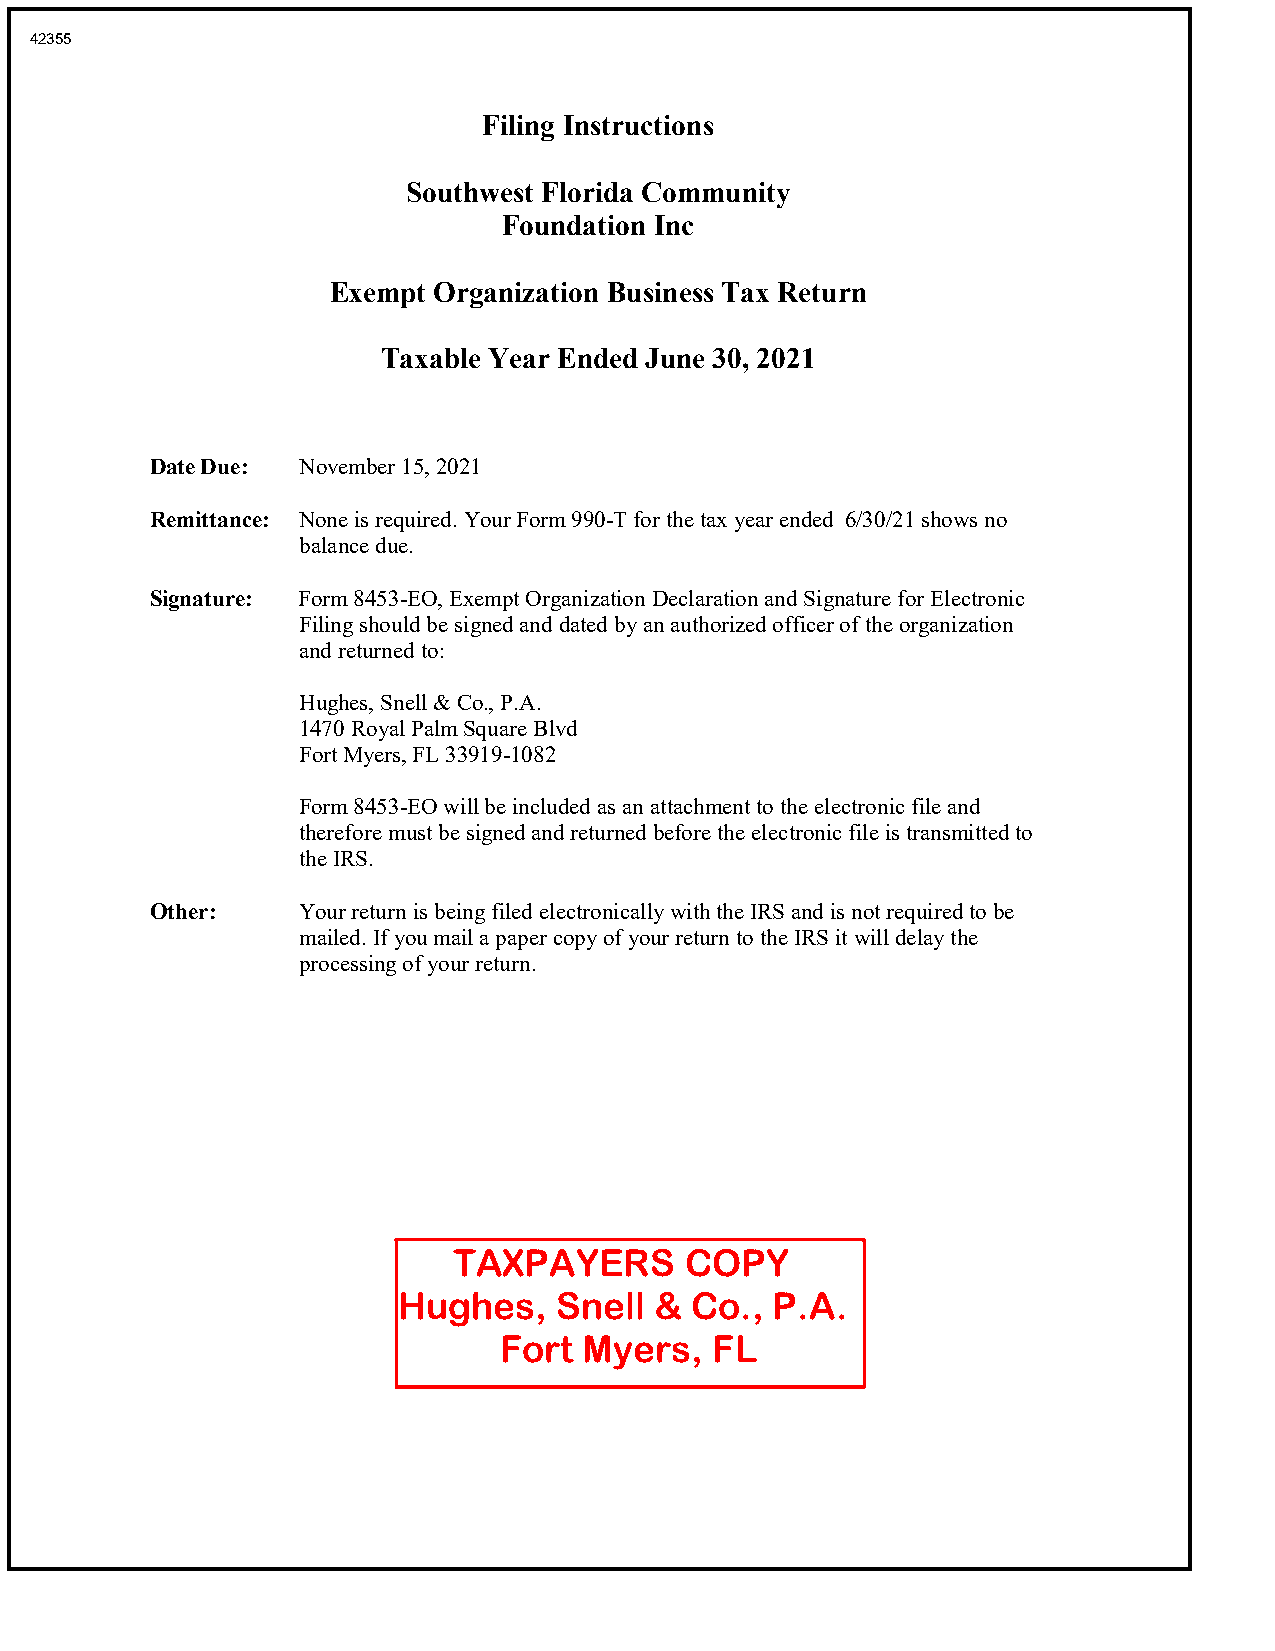
42355
 Filing Instructions
 Southwest Florida Community
 Foundation Inc
 Exempt Organization Business Tax Return
 Taxable Year Ended June 30, 2021
 Date Due: November 15, 2021
 Remittance: None is required. Your Form 990-T for the tax year ended 6/30/21 shows no
 balance due.
 Signature: Form 8453-EO, Exempt Organization Declaration and Signature for Electronic
 Filing should be signed and dated by an authorized officer of the organization
 and returned to:
 Hughes, Snell & Co., P.A.
 1470 Royal Palm Square Blvd
 Fort Myers, FL 33919-1082
 Form 8453-EO will be included as an attachment to the electronic file and
 therefore must be signed and returned before the electronic file is transmitted to
 the IRS.
 Other:    Your return is being filed electronically with the IRS and is not required to be
 mailed. If you mail a paper copy of your return to the IRS it will delay the
 processing of your return.
 TAXPAYERS      COPY
 Hughes,    Snell &  Co., P.A.
 Fort  Myers,  FL